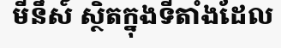
មីនឹស៍ ស្ថិតក្នុងទីតាំងដែល